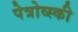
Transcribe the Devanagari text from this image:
पेत्रोव्स्की